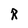
Character: R